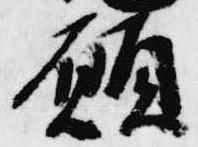
願